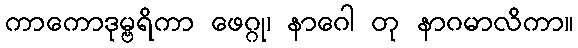
ကာကောဒုမ္ဗရိကာ ဖေဂ္ဂု၊ နာဂေါ တု နာဂမာလိကာ။